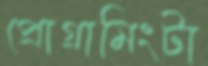
প্রোগ্রামিংটা